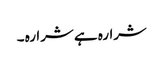
شرارہ ہے شرارہ ۔